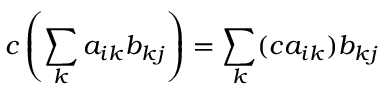
c \left( \sum _ { k } a _ { i k } b _ { k j } \right) = \sum _ { k } ( c a _ { i k } ) b _ { k j }